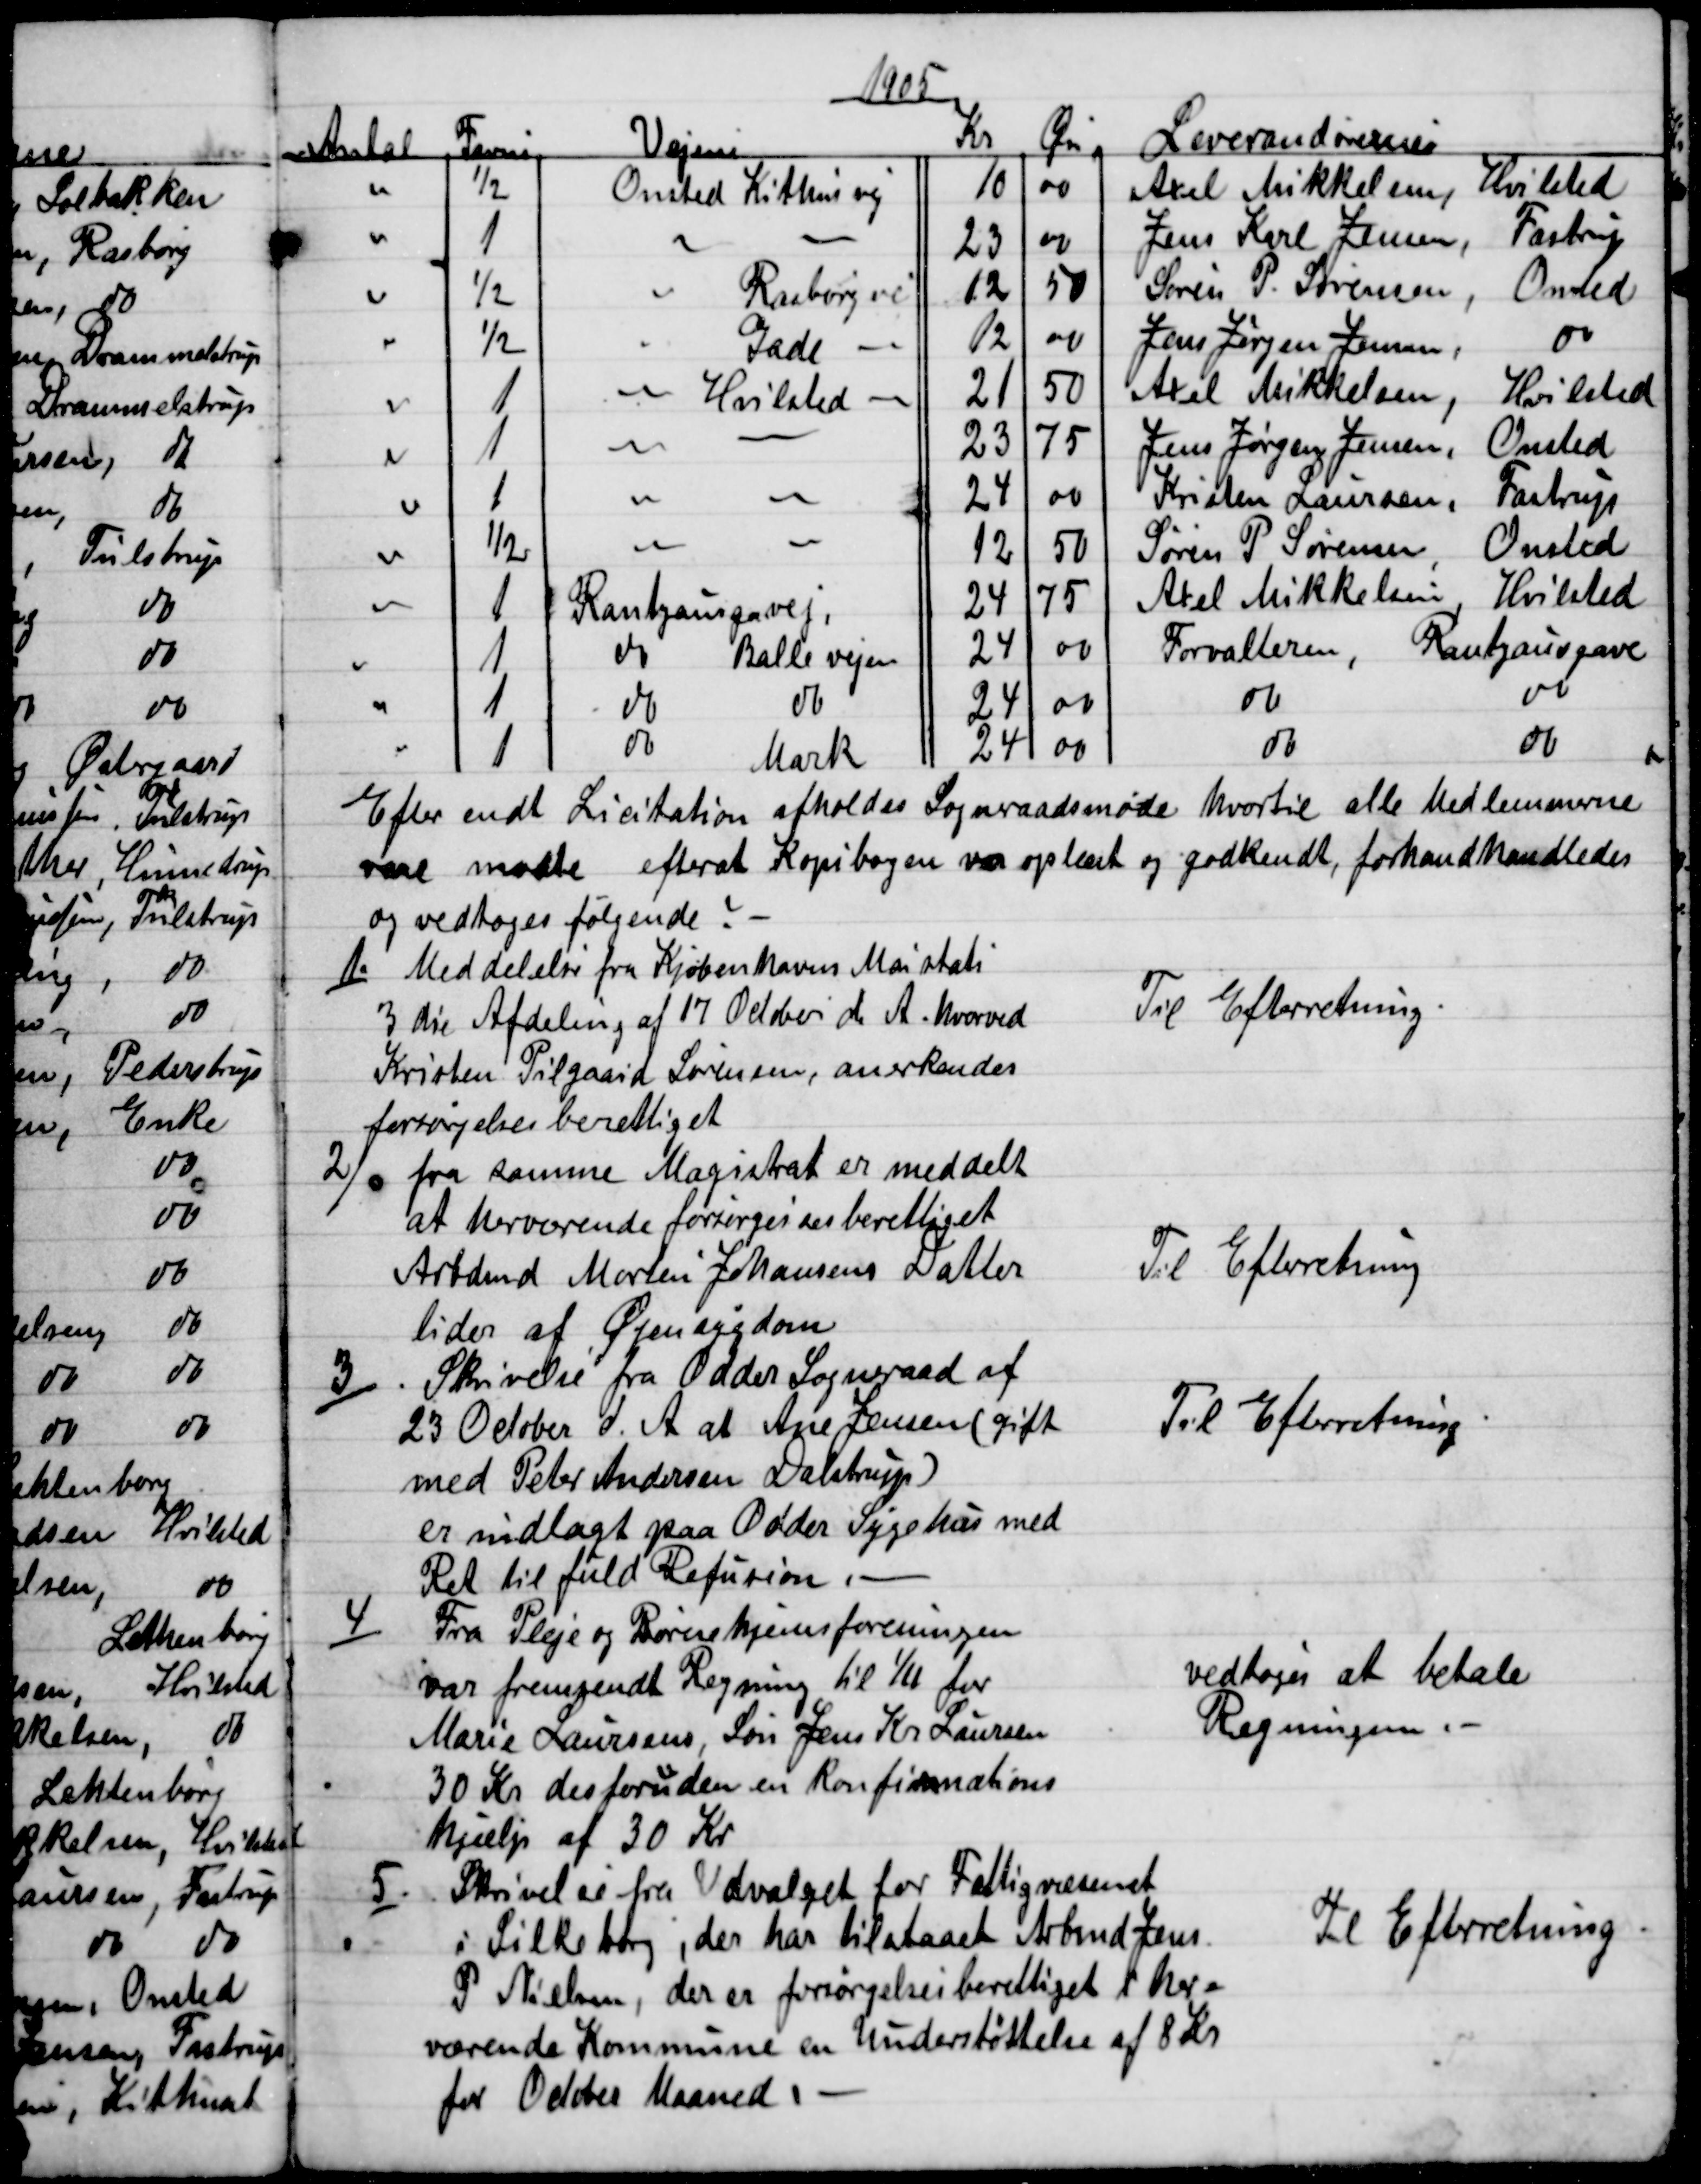
Transskription:
1905
Antal
Favne
Vejene
Kr
Øre
Leverandørerne
½
Onsted Kithus vej
10
00
Axel Mikkelsen, Hvilsted
1
23
00
Jens Karl Jensen, Fastrup
½
Rasborg vej
12
50
Søren P. Sørensen Onsted
½
Gade
12
00
Jens Jørgen Jensen
do
1
Hvilsted
21
50
Axel Mikkelsen, Hvilsted
1
23
75
Jens Jørgen Jensen, Onsted
1
24
00
Kristen Laursen. Fastrup
½
12
50
Søren P Sørensen, Onsted
1
Rantzausgavej
24
75
Axel Mikkelsen, Hvilsted
1
do 
Balle vejen
24
00
Forvalteren
Rantzausgave
1
do
do
24
00
do
do
1
do
Mark
24
00
do
do
Efter endt Licitation afholdes Sogneraadsmøde hvortil alle Medlemmerne
vare mødte efterat Kopibogen var oplæst og godkendt, forhandhandledes
og vedtoges følgende.
1.) 
Meddelelse fra Kjøbenhavns Mastats
3 die Afdeling af 17 October d. A. hvorved
Kristen Pilgaard Sørensen, anerkendes
forsørgelsesberettiget
Til Efterretning.
2)
fra samme Magistrat er meddelt
at herværende forsørgelsesberettiget
Arbdmd Morten Johansens Datter
lider af Øjensygdom
Til Efterretning
3)
Skrivelse fra Odder Sogneraad af
23 October d. A. at Ane Jensen (gift
med Peter Andersen Dalstrup)
er indlagt paa Odder Sygehus med
Ret til fuld Refusion 
Til Efterretning
4)
Fra Pleje og Børnehjemsforeningen
var fremsendt Regning til 1/11 for
Marie Laursens, Søn Jens Kr Laursen
30 Kr desforuden en Konfirmations
hjælp af 30 Kr
vedtoges at betale
Regningen.
5.
Skrivelse fra Udvalget for Fattigvæsenet
i Silkeborg, der har tilstaaet Arbmd Jens
P Nielsen, der er forsørgelsesberettiget i her=
værende Kommune en Understøttelse af 8 Kr.
for October Maaned
Til Efterretning